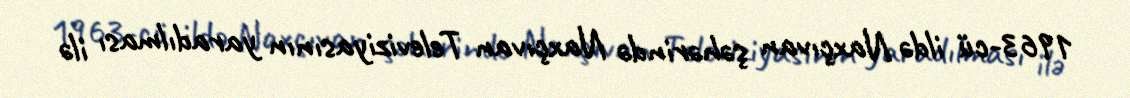
1963-cü ildə Naxçıvan şəhərində Naxçıvan Televiziyasının yaradılması ilə